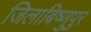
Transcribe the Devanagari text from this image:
जिलाबिष्णुपुर